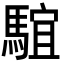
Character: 𩤒